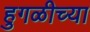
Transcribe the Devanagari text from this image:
हुगळीच्या